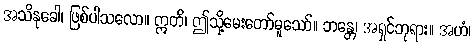
အသိနုခေါ၊ ဖြစ်ပါသလော။ ဣတိ၊ ဤသို့မေးတော်မူသော်။ ဘန္တေ၊ အရှင်ဘုရား။ အဟံ၊